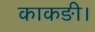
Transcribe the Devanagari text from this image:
काकङी।